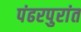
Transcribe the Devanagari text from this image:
पंढरपुरांत